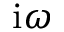
\mathrm { i } \omega